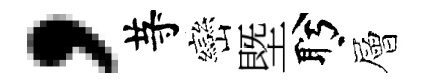
，䒭巒塈盻層